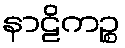
နာဠိကဉ္စ